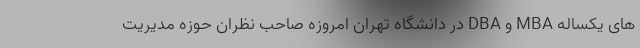
های يکساله MBA و DBA در دانشگاه تهران امروزه صاحب نظران حوزه مدیریت